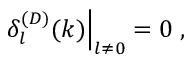
\left. \delta _ { l } ^ { ( D ) } ( k ) \right| _ { l \neq 0 } = 0 \; ,